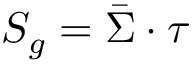
S _ { g } = \bar { \Sigma } \cdot \tau